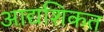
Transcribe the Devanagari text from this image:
आद्यशिकत